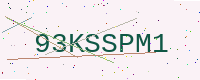
Text: 93KSSPM1